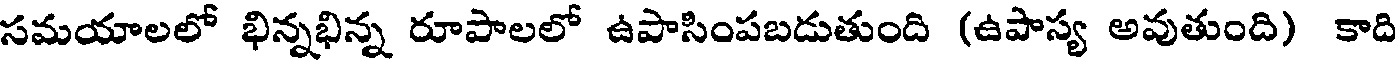
సమయాలలో భిన్నభిన్న రూపాలలో ఉపాసింపబడుతుంది (ఉపాస్య అవుతుంది) కాది